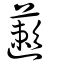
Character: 藗